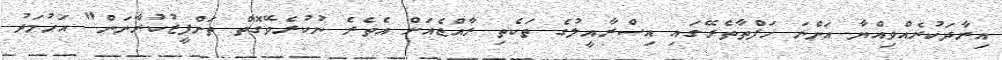
އިރާދަކުރެއްވިއްޔާ އަންނަ ހަފްތާތެރޭގައި އިސްރާއީލުގެ ތަކެތި ރާއްޖެއަށް އެތެރެ ނުކުރެވޭގޮތް ތަންފީޒުކުރާނަން" އަހުމަދު